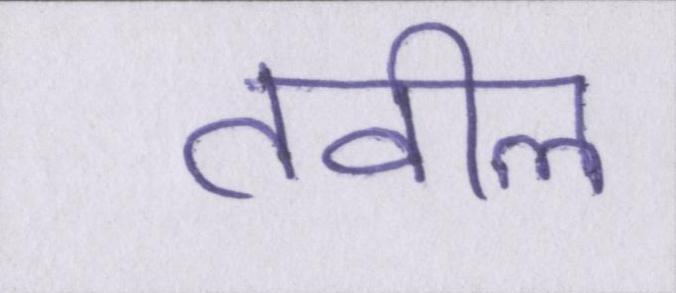
तवील